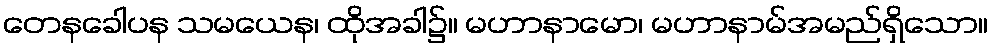
တေနခေါပန သမယေန၊ ထိုအခါ၌။ မဟာနာမော၊ မဟာနာမ်အမည်ရှိသော။